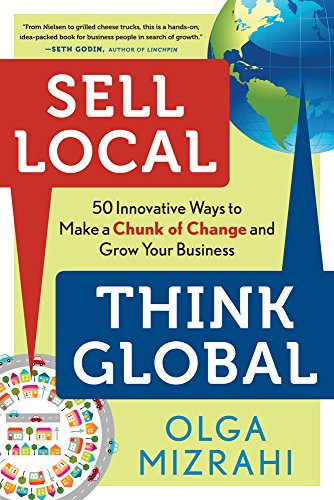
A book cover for Sell Local, Think Global: 50 Innovative Ways to Make a Chunk of Change and Grow Your Business; Olga Mizrahi; Business & Money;